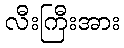
လီးကြီးအား